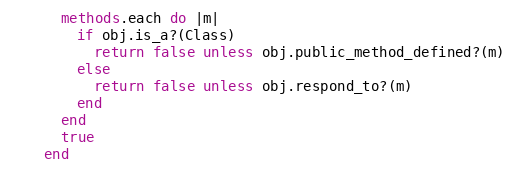
Language: Ruby
      methods.each do |m|
        if obj.is_a?(Class)
          return false unless obj.public_method_defined?(m)
        else
          return false unless obj.respond_to?(m)
        end
      end
      true
    end